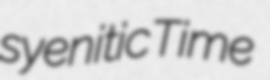
syenitic Time